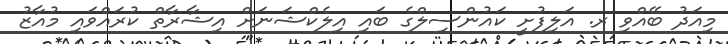
މިއަދު ބޭއްވި ރ. އަލިފުށީ ކައުންސިލްގެ ބައި އިލެކްޝަނަށް އިޝާރާތް ކުރައްވައި މުއާޒު